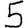
Digit: 5